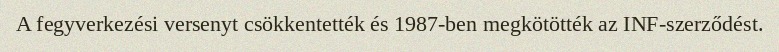
A fegyverkezési versenyt csökkentették és 1987-ben megkötötték az INF-szerződést.